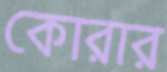
কোরার